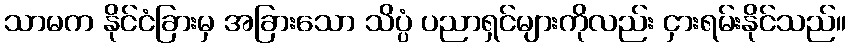
သာမက နိုင်ငံခြားမှ အခြားသော သိပ္ပံ ပညာရှင်များကိုလည်း ငှားရမ်းနိုင်သည်။